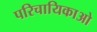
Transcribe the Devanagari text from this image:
परिचायिकाओ